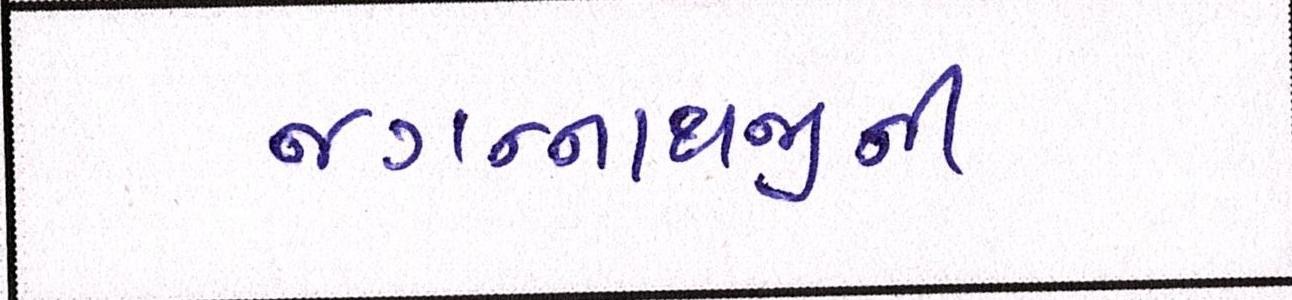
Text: જગન્નાથજીની